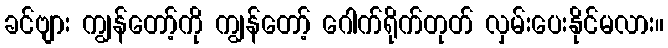
ခင်ဗျား ကျွန်တော့်ကို ကျွန်တော့် ဂေါက်ရိုက်တုတ် လှမ်းပေးနိုင်မလား။